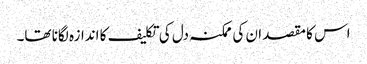
اس کا مقصد ان کی ممکنہ دل کی تکلیف کا اندازہ لگانا تھا۔